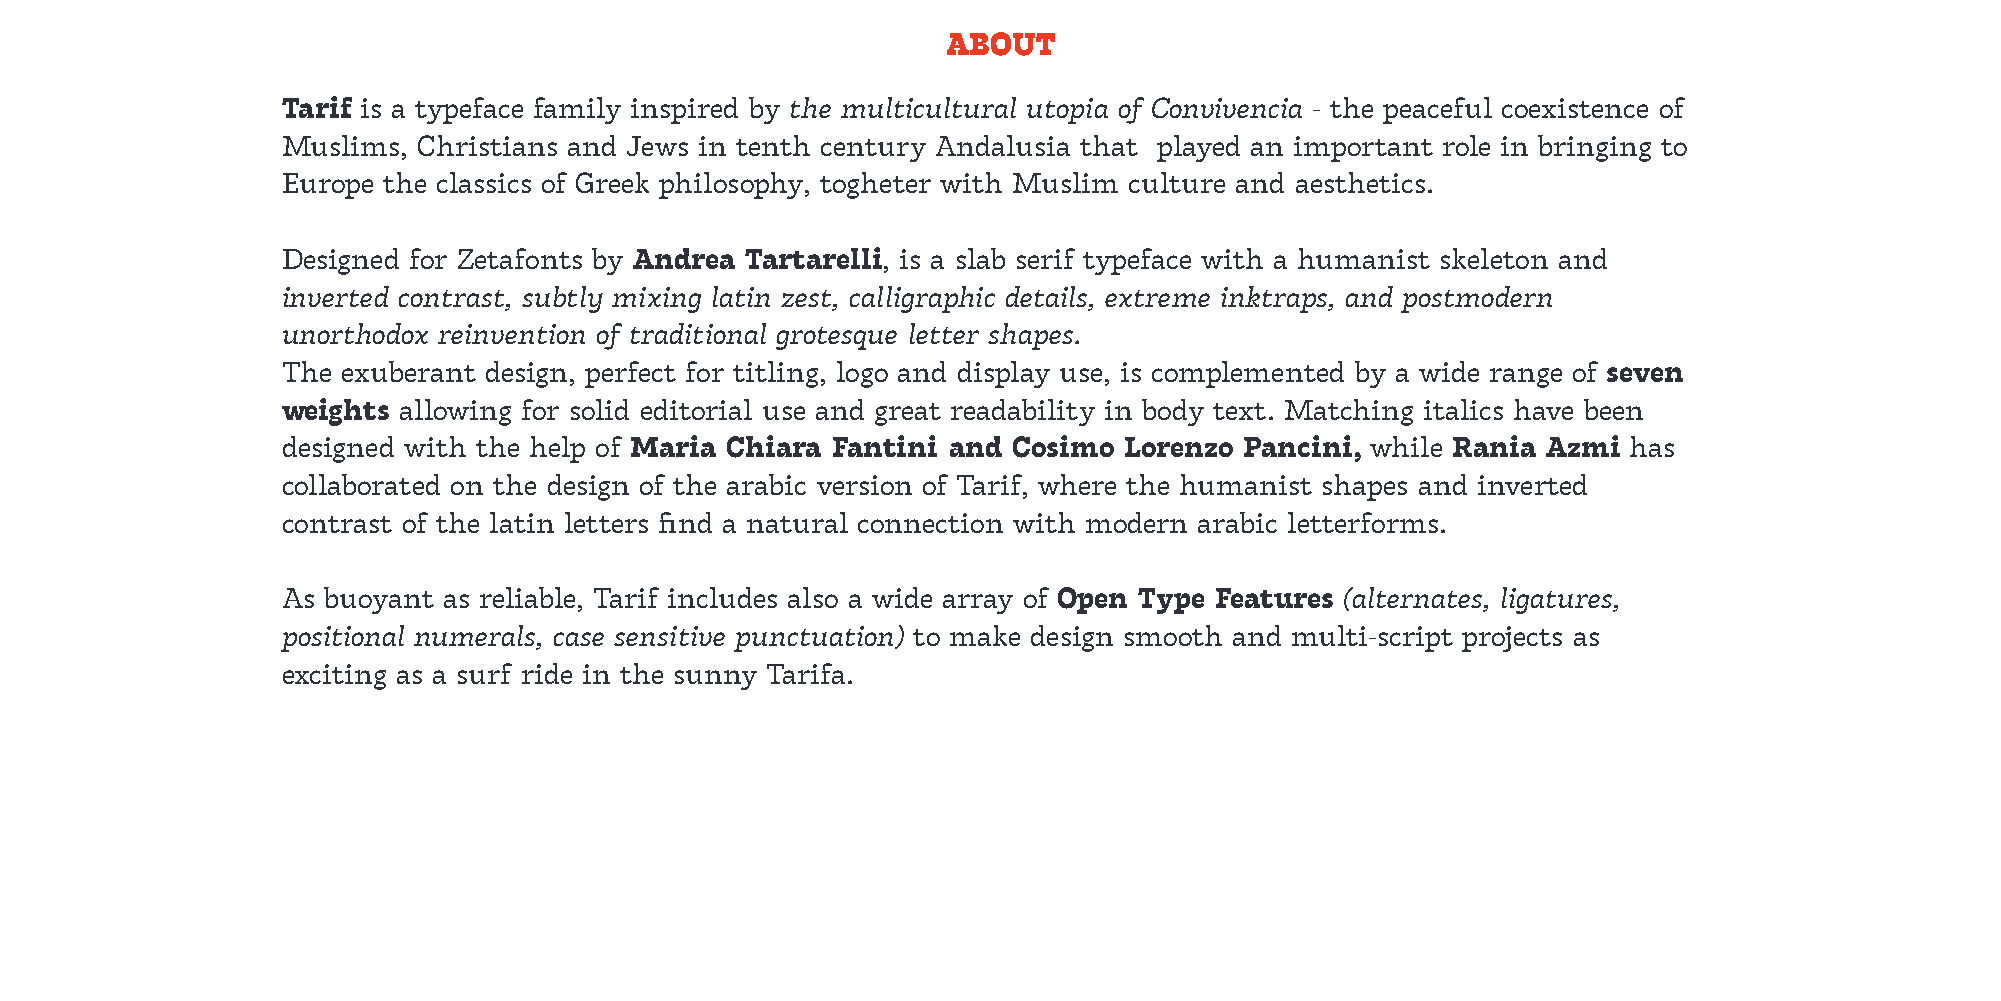
ABOUT
 Tarif is a typeface family inspired by the multicultural utopia of Convivencia - the peaceful coexistence of
 Muslims, Christians and Jews in tenth century Andalusia that played an important role in bringing to
 Europe the classics of Greek philosophy, togheter with Muslim culture and aesthetics.
 Designed for Zetafonts by Andrea Tartarelli, is a slab serif typeface with a humanist skeleton and
 inverted contrast, subtly mixing latin zest, calligraphic details, extreme inktraps, and postmodern
 unorthodox reinvention of traditional grotesque letter shapes.
 The exuberant design, perfect for titling, logo and display use, is complemented by a wide range of seven
 weights allowing for solid editorial use and great readability in body text. Matching italics have been
 designed with the help of Maria Chiara Fantini and Cosimo Lorenzo Pancini, while Rania Azmi has
 collaborated on the design of the arabic version of Tarif, where the humanist shapes and inverted
 contrast of the latin letters find a natural connection with modern arabic letterforms.
 As buoyant as reliable, Tarif includes also a wide array of Open Type Features (alternates, ligatures,
 positional numerals, case sensitive punctuation) to make design smooth and multi-script projects as
 exciting as a surf ride in the sunny Tarifa.